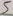
Text: 6